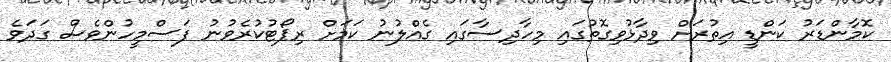
ކޮމާންޑަރު ކަންޑީ އިތުރަށް ވިދާޅުވިގޮތުގައި މިހާދިސާގައި ގެއްލުނު ކަމަށް ރިޕޯޓުކުރެވުނު ފަސްމީހުންވެސް ގަދަވެ